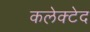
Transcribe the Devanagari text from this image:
कलेक्टेद